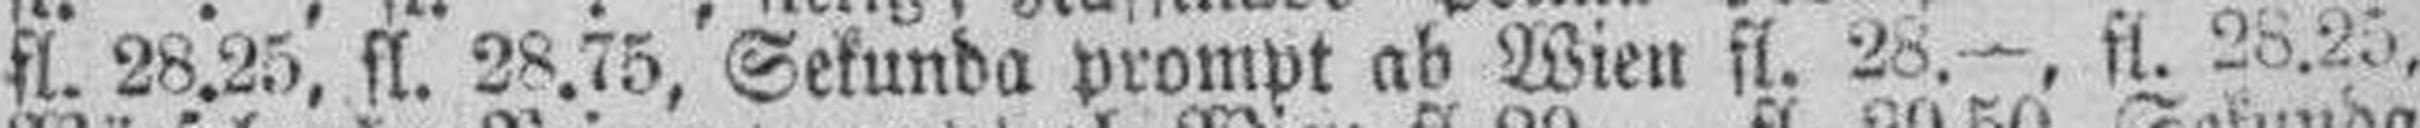
fl. 28.25, fl. 28.75, Sekunda prompt ab Wien fl. 28.—, fl. 28.25,